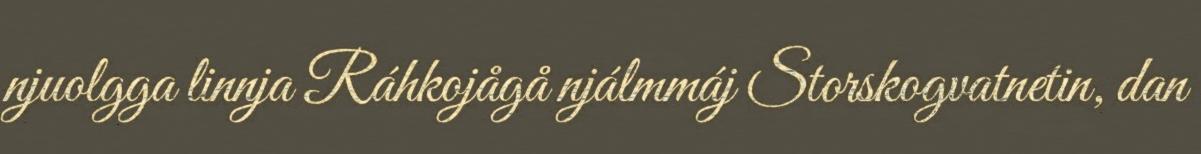
njuolgga linnja Ráhkojågå njálmmáj Storskogvatnetin, dan